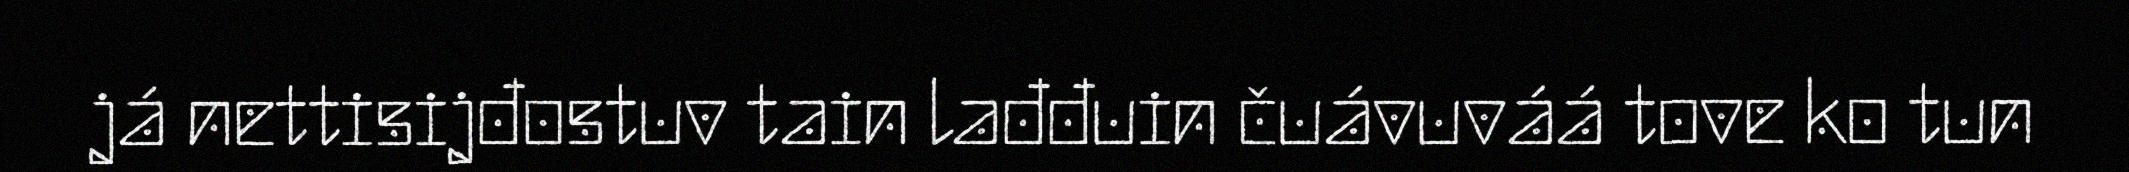
já nettisijđostuv tain lađđuin čuávuváá tove ko tun